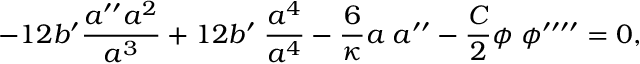
- 1 2 b ^ { \prime } \frac { a ^ { \prime \prime } a ^ { 2 } } { a ^ { 3 } } + 1 2 b ^ { \prime } \; \frac { a ^ { 4 } } { a ^ { 4 } } - \frac { 6 } { \kappa } a \; a ^ { \prime \prime } - \frac { C } { 2 } \phi \; \phi ^ { \prime \prime \prime \prime } = 0 ,